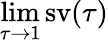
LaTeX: \operatorname*{lim}_{\tau\rightarrow 1}\operatorname{sv}(\tau)